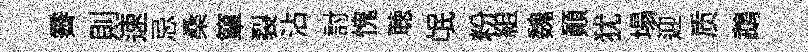
霽則速忌桑簞裂沾討愧聴氓粉組魏顚犹塌迎质鵡